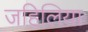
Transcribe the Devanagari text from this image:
जहिलिया